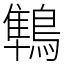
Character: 鶽